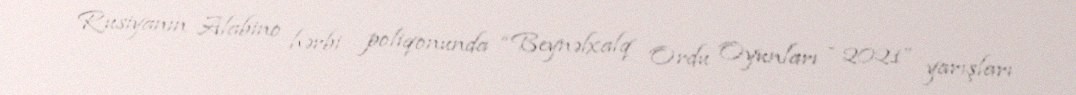
Rusiyanın Alabino hərbi poliqonunda “Beynəlxalq Ordu Oyunları - 2021” yarışları